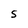
Character: 5